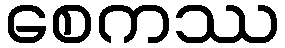
စေကဿ